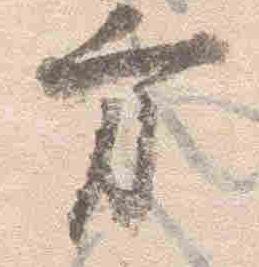
方